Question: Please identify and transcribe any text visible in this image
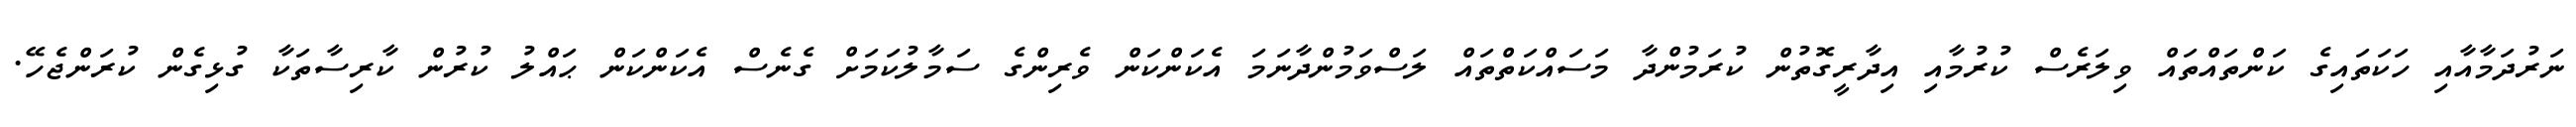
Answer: ނަރުދަމާއާއި ހަކަތައިގެ ކަންތައްތައް ވިލަރެސް ކުރުމާއި އިދާރީގޮތުން ކުރަމުންދާ މަސައްކަތްތައް ލަސްވަމުންދާނަމަ އެކަންކަން ވެރިންގެ ސަމާލުކަމަށް ގެނެސް އެކަންކަން ޙައްލު ކުރުން ކާރިސާތަކާ ގުޅިގެން ކުރަންޖެހޭ.